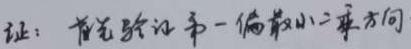
证：首先验证第一偏最小二乘方向